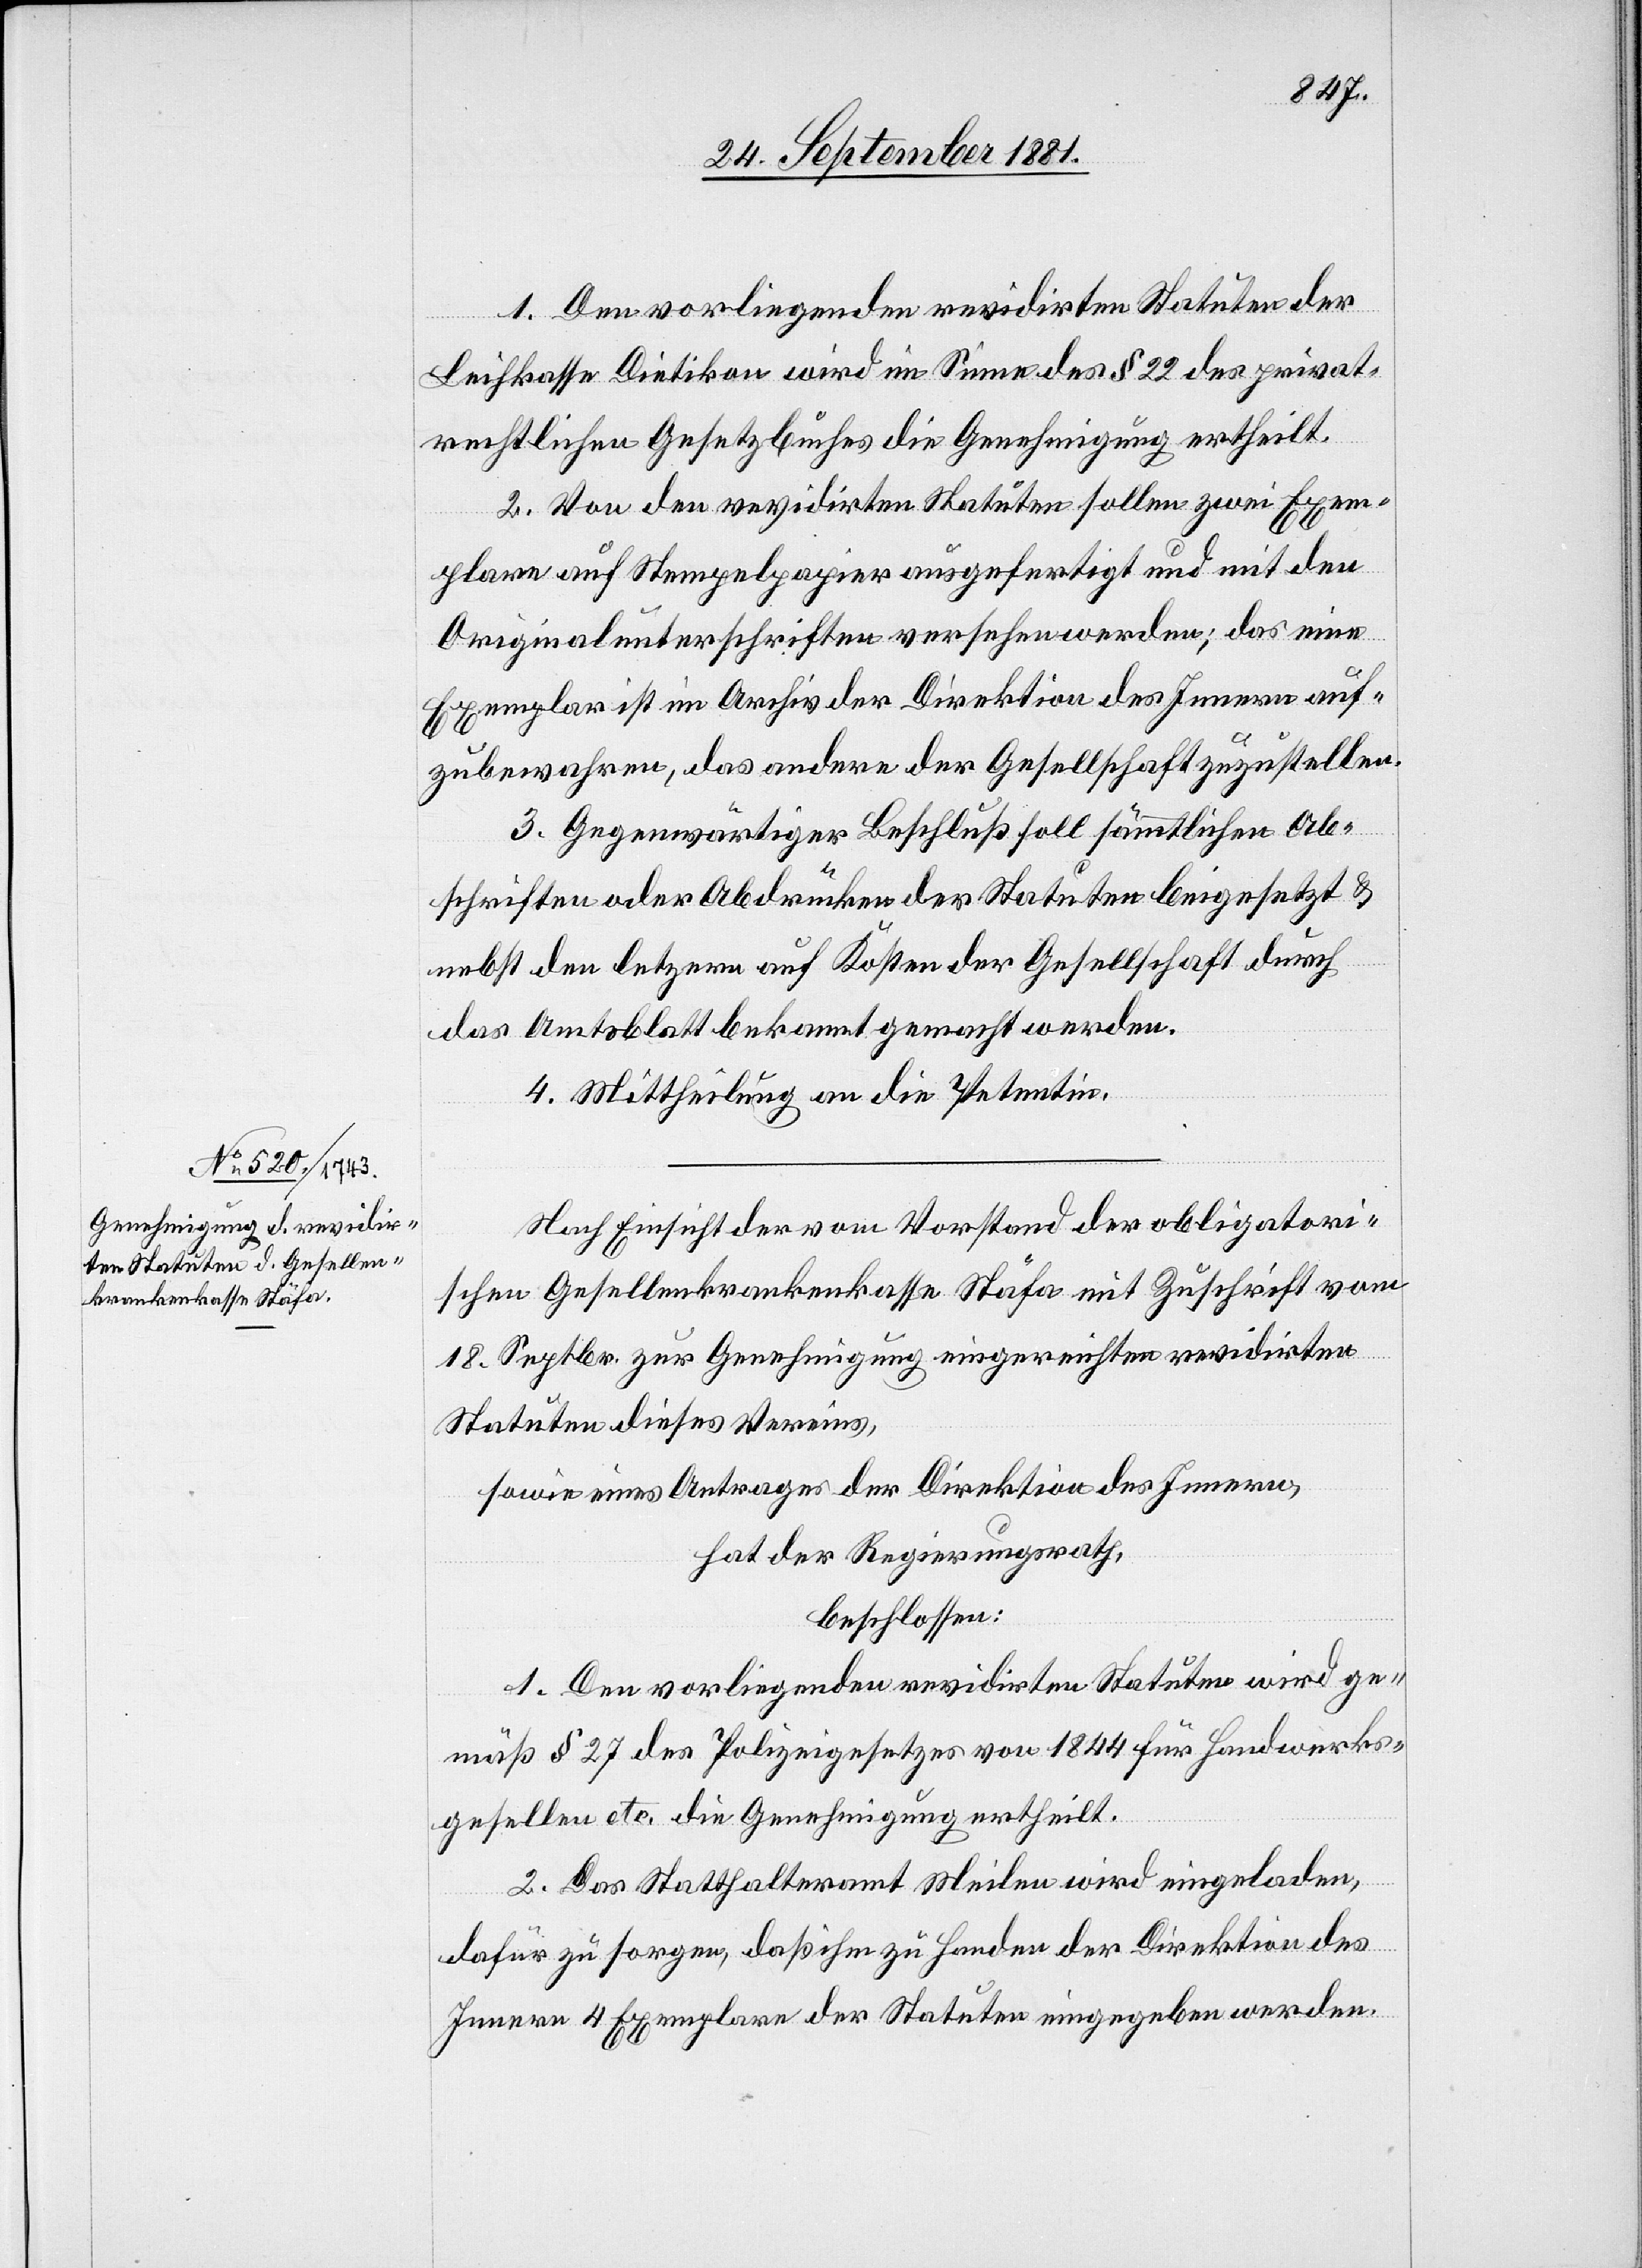
1. Den vorliegenden revidirten Statuten der
Leihkasse Dietikon wird im Sinne des § 22 des privat¬
rechtlichen Gesetzbuches die Genehmigung ertheilt.
2. Von den revidirten Statuten sollen zwei Exem¬
plare auf Stempelpapier ausgefertigt und mit den
Originalunterschriften versehen werden; das eine
Exemplar ist im Archiv der Direktion des Innern auf¬
zubewahren, das andere der Gesellschaft zuzustellen.
3. Gegenwärtiger Beschluß soll sämmtlichen Ab¬
schriften oder Abdrücken der Statuten beigesetzt &
nebst den letz[t]ern auf Kosten der Gesellschaft durch
das Amtsblatt bekannt gemacht werden.
4. Mittheilung an die Petentin.
Nach Einsicht der vom Vorstand der obligatori¬
schen Gesellenkrankenkasse Stäfa mit Zuschrift vom
18. Septbr. zur Genehmigung eingereichten revidirten
Statuten dieses Vereins,
sowie eines Antrages der Direktion des Innern,
hat der Regierungsrath,
beschlossen:
1. Den vorliegenden revidirten Statuen wird ge¬
mäß § 27 des Polizeigesetzes von 1844 für Handwerks¬
gesellen etc. die Genehmigung ertheilt.
2. Das Statthalteramt Meilen wird eingeladen,
dafür zu sorgen, daß ihm zu Handen der Direktion des
Innern 4 Exemplare der Statuten eingegeben werden.